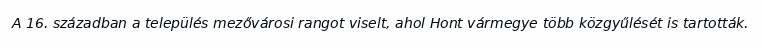
A 16. században a település mezővárosi rangot viselt, ahol Hont vármegye több közgyűlését is tartották.